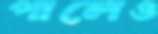
পালেও